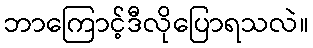
ဘာကြောင့်ဒီလိုပြောရသလဲ။